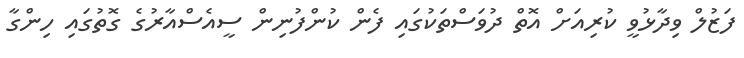
ފަޒުލް ވިދާޅުވީ ކުރިއަށް އޮތް ދުވަސްތަކުގައި ފެން ކުންފުނިން ސީއެސްއާރުގެ ގޮތުގައި ހިންގާ